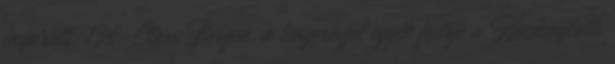
inspirált. 134 Claus Bergen, a tengerészet egyik festője a Hochseeflotte